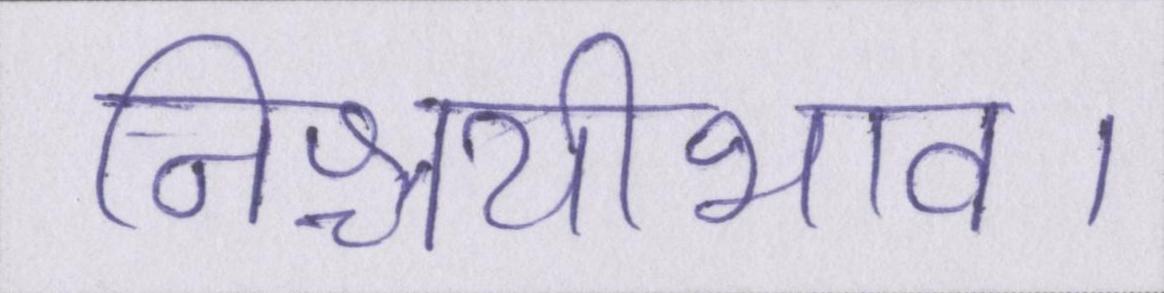
निश्चयीभाव।